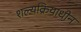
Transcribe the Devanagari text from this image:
शल्यक्रियाधीन